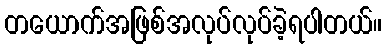
တယောက်အဖြစ်အလုပ်လုပ်ခဲ့ရပါတယ်။